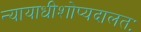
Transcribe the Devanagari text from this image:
न्यायाधीशोप्यदालतः